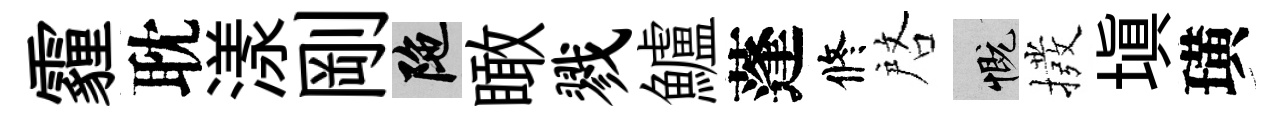
霾耽漾剛陀瞰戮鱸蓬修啓慨撥填璜